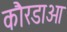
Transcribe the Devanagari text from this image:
कौरडाओ